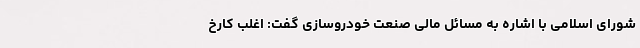
شورای اسلامی با اشاره به مسائل مالی صنعت خودروسازی گفت: اغلب کارخ